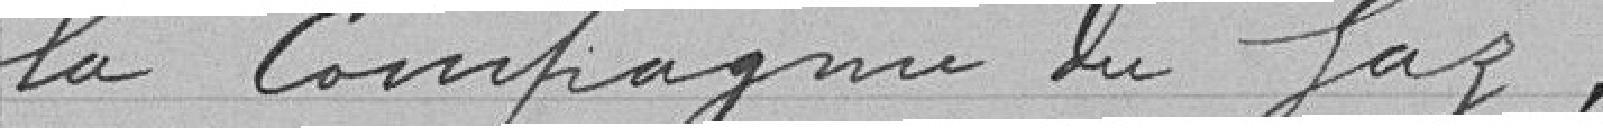
la Compagnie du Gaz